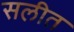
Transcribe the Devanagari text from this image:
सलीत